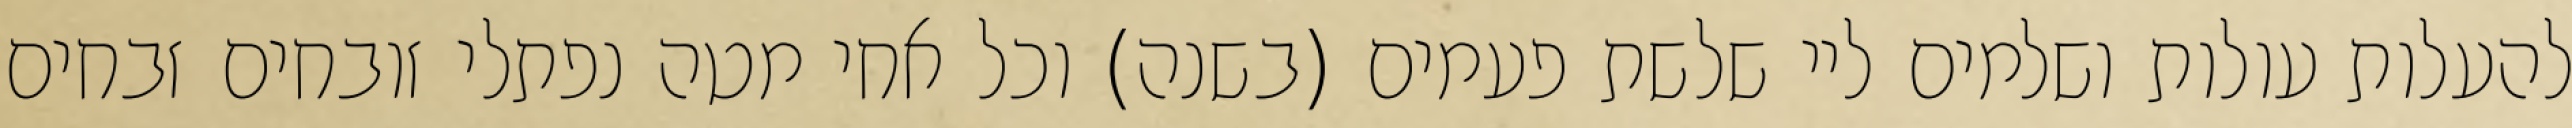
להעלות עולות ושלמים ליי שלשת פעמים (בשנה) וכל אחי מטה נפתלי זובחים זבחים